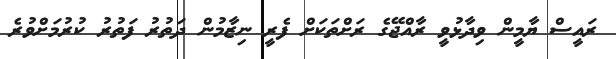
ރައީސް ޔާމީން ވިދާޅުވީ ރާއްޖޭގެ ރަށްތަކަށް ފެރީ ނިޒާމުން ދަތުރު ފަތުރު ކުރުމަށްވުރެ